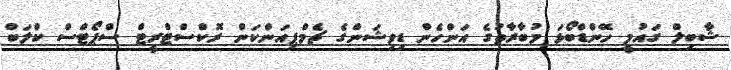
ޝާބިލް ގައުމީ ހޭންޑްބޯޅަ މުބާރާތުގެ އަންހެން ޑިވިޝަންގެ ޗެމްޕިއަންކަން ރޮކްސްޓްރީޓް ސްޕޯޓްސް ކްލަބް